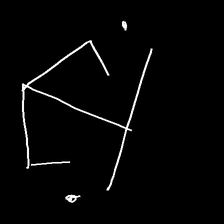
Glyph: earth